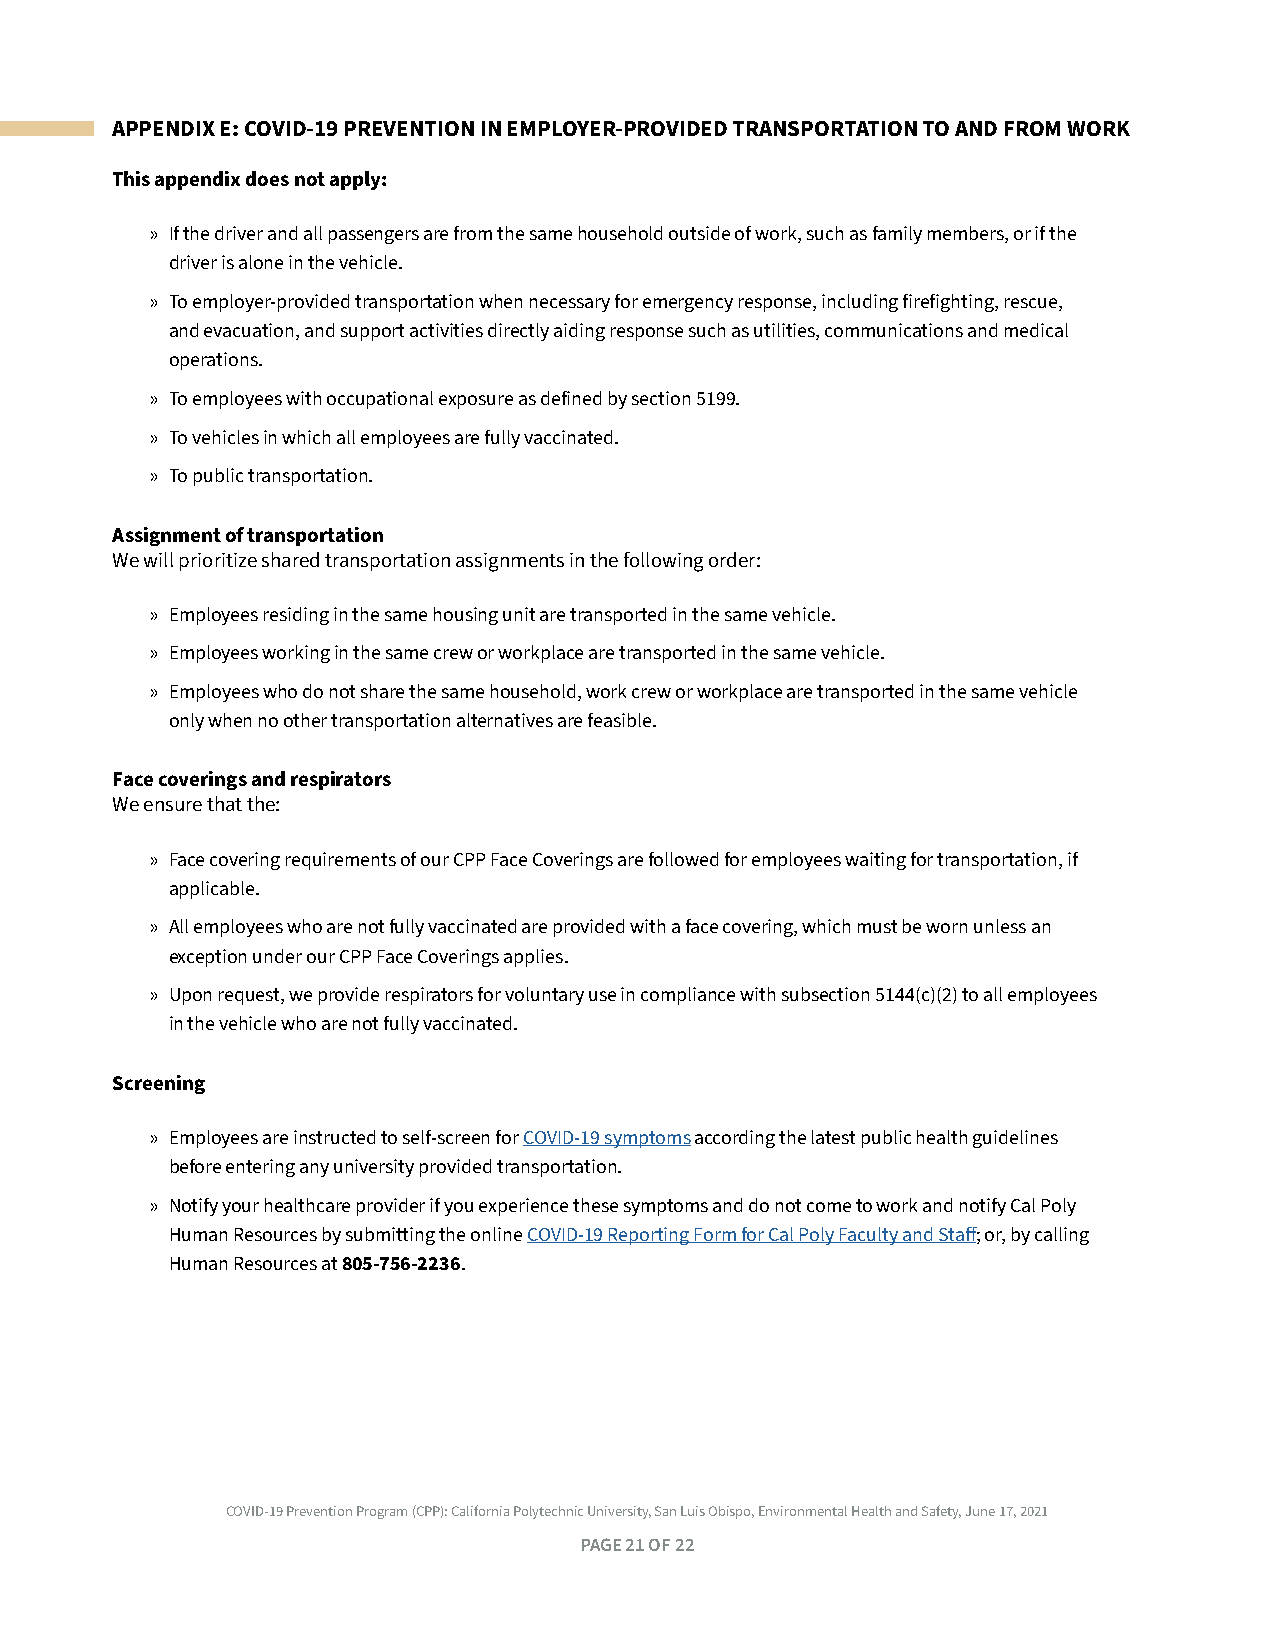
APPENDIX E: COVID-19 PREVENTION IN EMPLOYER-PROVIDED TRANSPORTATION TO AND FROM WORK
 This appendix does not apply:
 » If the driver and all passengers are from the same household outside of work, such as family members, or if the
 driver is alone in the vehicle .
 » To employer-provided transportation when necessary for emergency response, including firefighting, rescue,
 and evacuation, and support activities directly aiding response such as utilities, communications and medical
 operations .
 » To employees with occupational exposure as defined by section 5199 .
 » To vehicles in which all employees are fully vaccinated .
 » To public transportation .
 Assignment of transportation
 We will prioritize shared transportation assignments in the following order:
 » Employees residing in the same housing unit are transported in the same vehicle .
 » Employees working in the same crew or workplace are transported in the same vehicle .
 » Employees who do not share the same household, work crew or workplace are transported in the same vehicle
 only when no other transportation alternatives are feasible .
 Face coverings and respirators
 We ensure that the:
 » Face covering requirements of our CPP Face Coverings are followed for employees waiting for transportation, if
 applicable .
 » All employees who are not fully vaccinated are provided with a face covering, which must be worn unless an
 exception under our CPP Face Coverings applies .
 » Upon request, we provide respirators for voluntary use in compliance with subsection 5144(c)(2) to all employees
 in the vehicle who are not fully vaccinated .
 Screening
 » Employees are instructed to self-screen for COVID-19 symptoms according the latest public health guidelines
 before entering any university provided transportation .
 » Notify your healthcare provider if you experience these symptoms and do not come to work and notify Cal Poly
 Human Resources by submitting the online COVID-19 Reporting Form for Cal Poly Faculty and Staff; or, by calling
 Human Resources at 805-756-2236 .
 COVID-19 Prevention Program (CPP): California Polytechnic University, San Luis Obispo, Environmental Health and Safety, June 17, 2021
 PAGE 21 OF 22